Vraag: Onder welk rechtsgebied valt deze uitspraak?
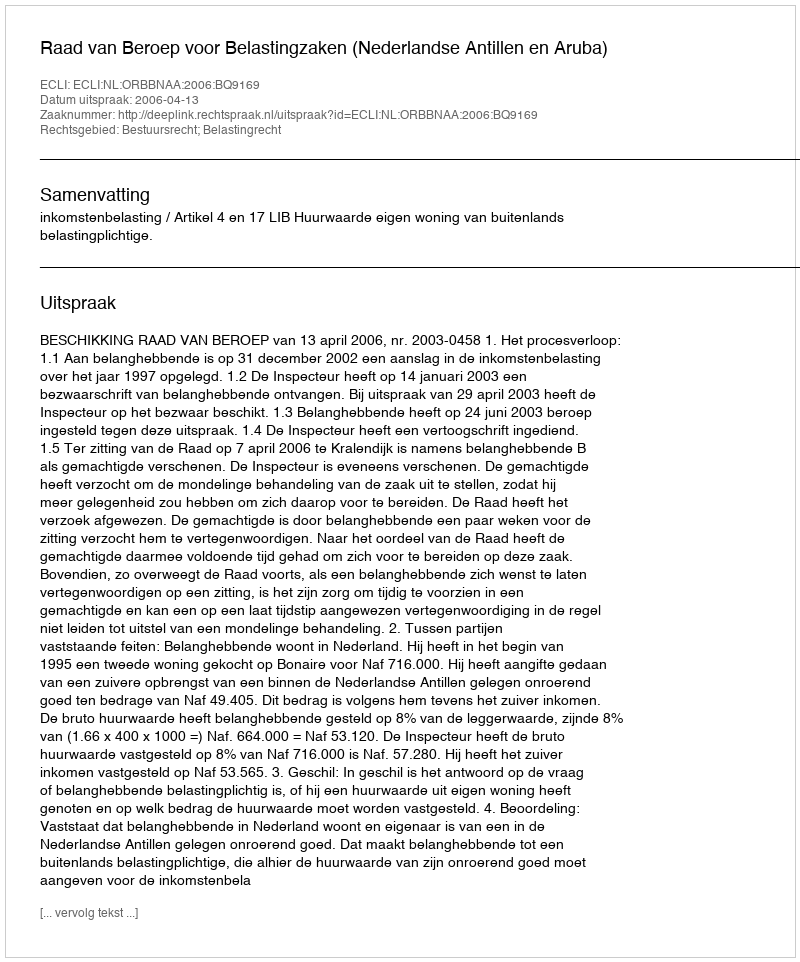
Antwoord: Bestuursrecht; Belastingrecht